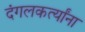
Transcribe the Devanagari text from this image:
दंगलकर्त्यांना